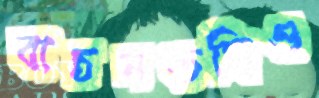
বাচনভঙ্গিও